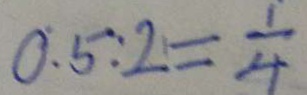
0 . 5 : 2 = \frac { 1 } { 4 }